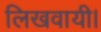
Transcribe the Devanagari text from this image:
लिखवायी।